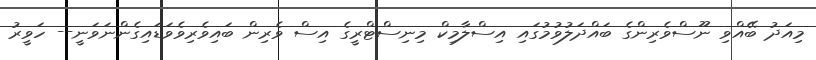
މިއަދު ބޭއްވި ނޫސްވެރިންގެ ބައްދަލުވުމުގައި އިސްލާމިކް މިނިސްޓްރީގެ އިސް ވެރިން ބައިވެރިވެވަޑައިގެންނަވަނީ-- ހަވީރު